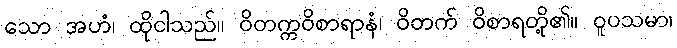
သော အဟံ၊ ထိုငါသည်။ ဝိတက္ကဝိစာရာနံ၊ ဝိတက် ဝိစာရတို့၏။ ဝူပသမာ၊